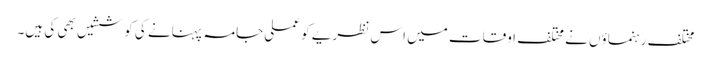
مختلف رہنماؤں نے مختلف اوقات میں اس نظریے کو عملی جامہ پہنانے کی کوششیں بھی کی ہیں۔